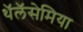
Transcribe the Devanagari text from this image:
थॅलॅसेमिया